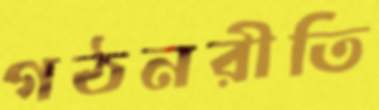
গঠনরীতি